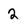
Character: 2